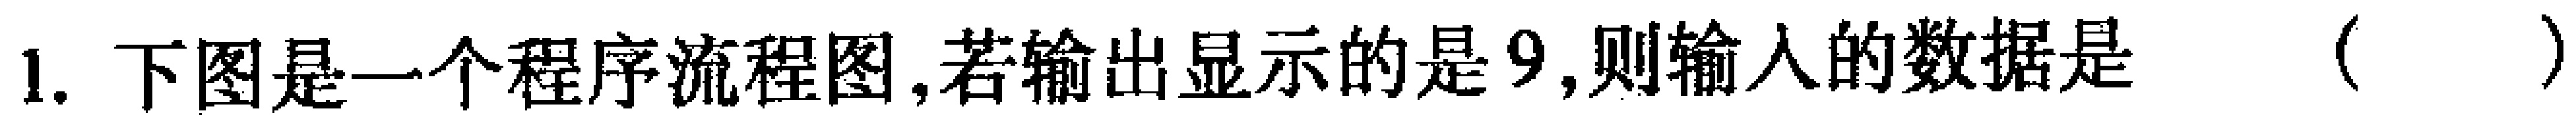
1. 下图是一个程序流程图,若输出显示的是9,则输入的数据是 （  ）